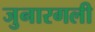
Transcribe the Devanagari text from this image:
जुनारगली